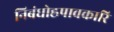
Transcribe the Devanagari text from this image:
निबंधोह्रपावकारि